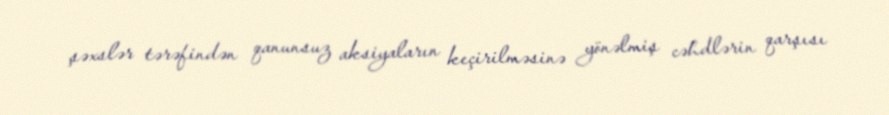
şəxslər tərəfindən qanunsuz aksiyaların keçirilməsinə yönəlmiş cəhdlərin qarşısı